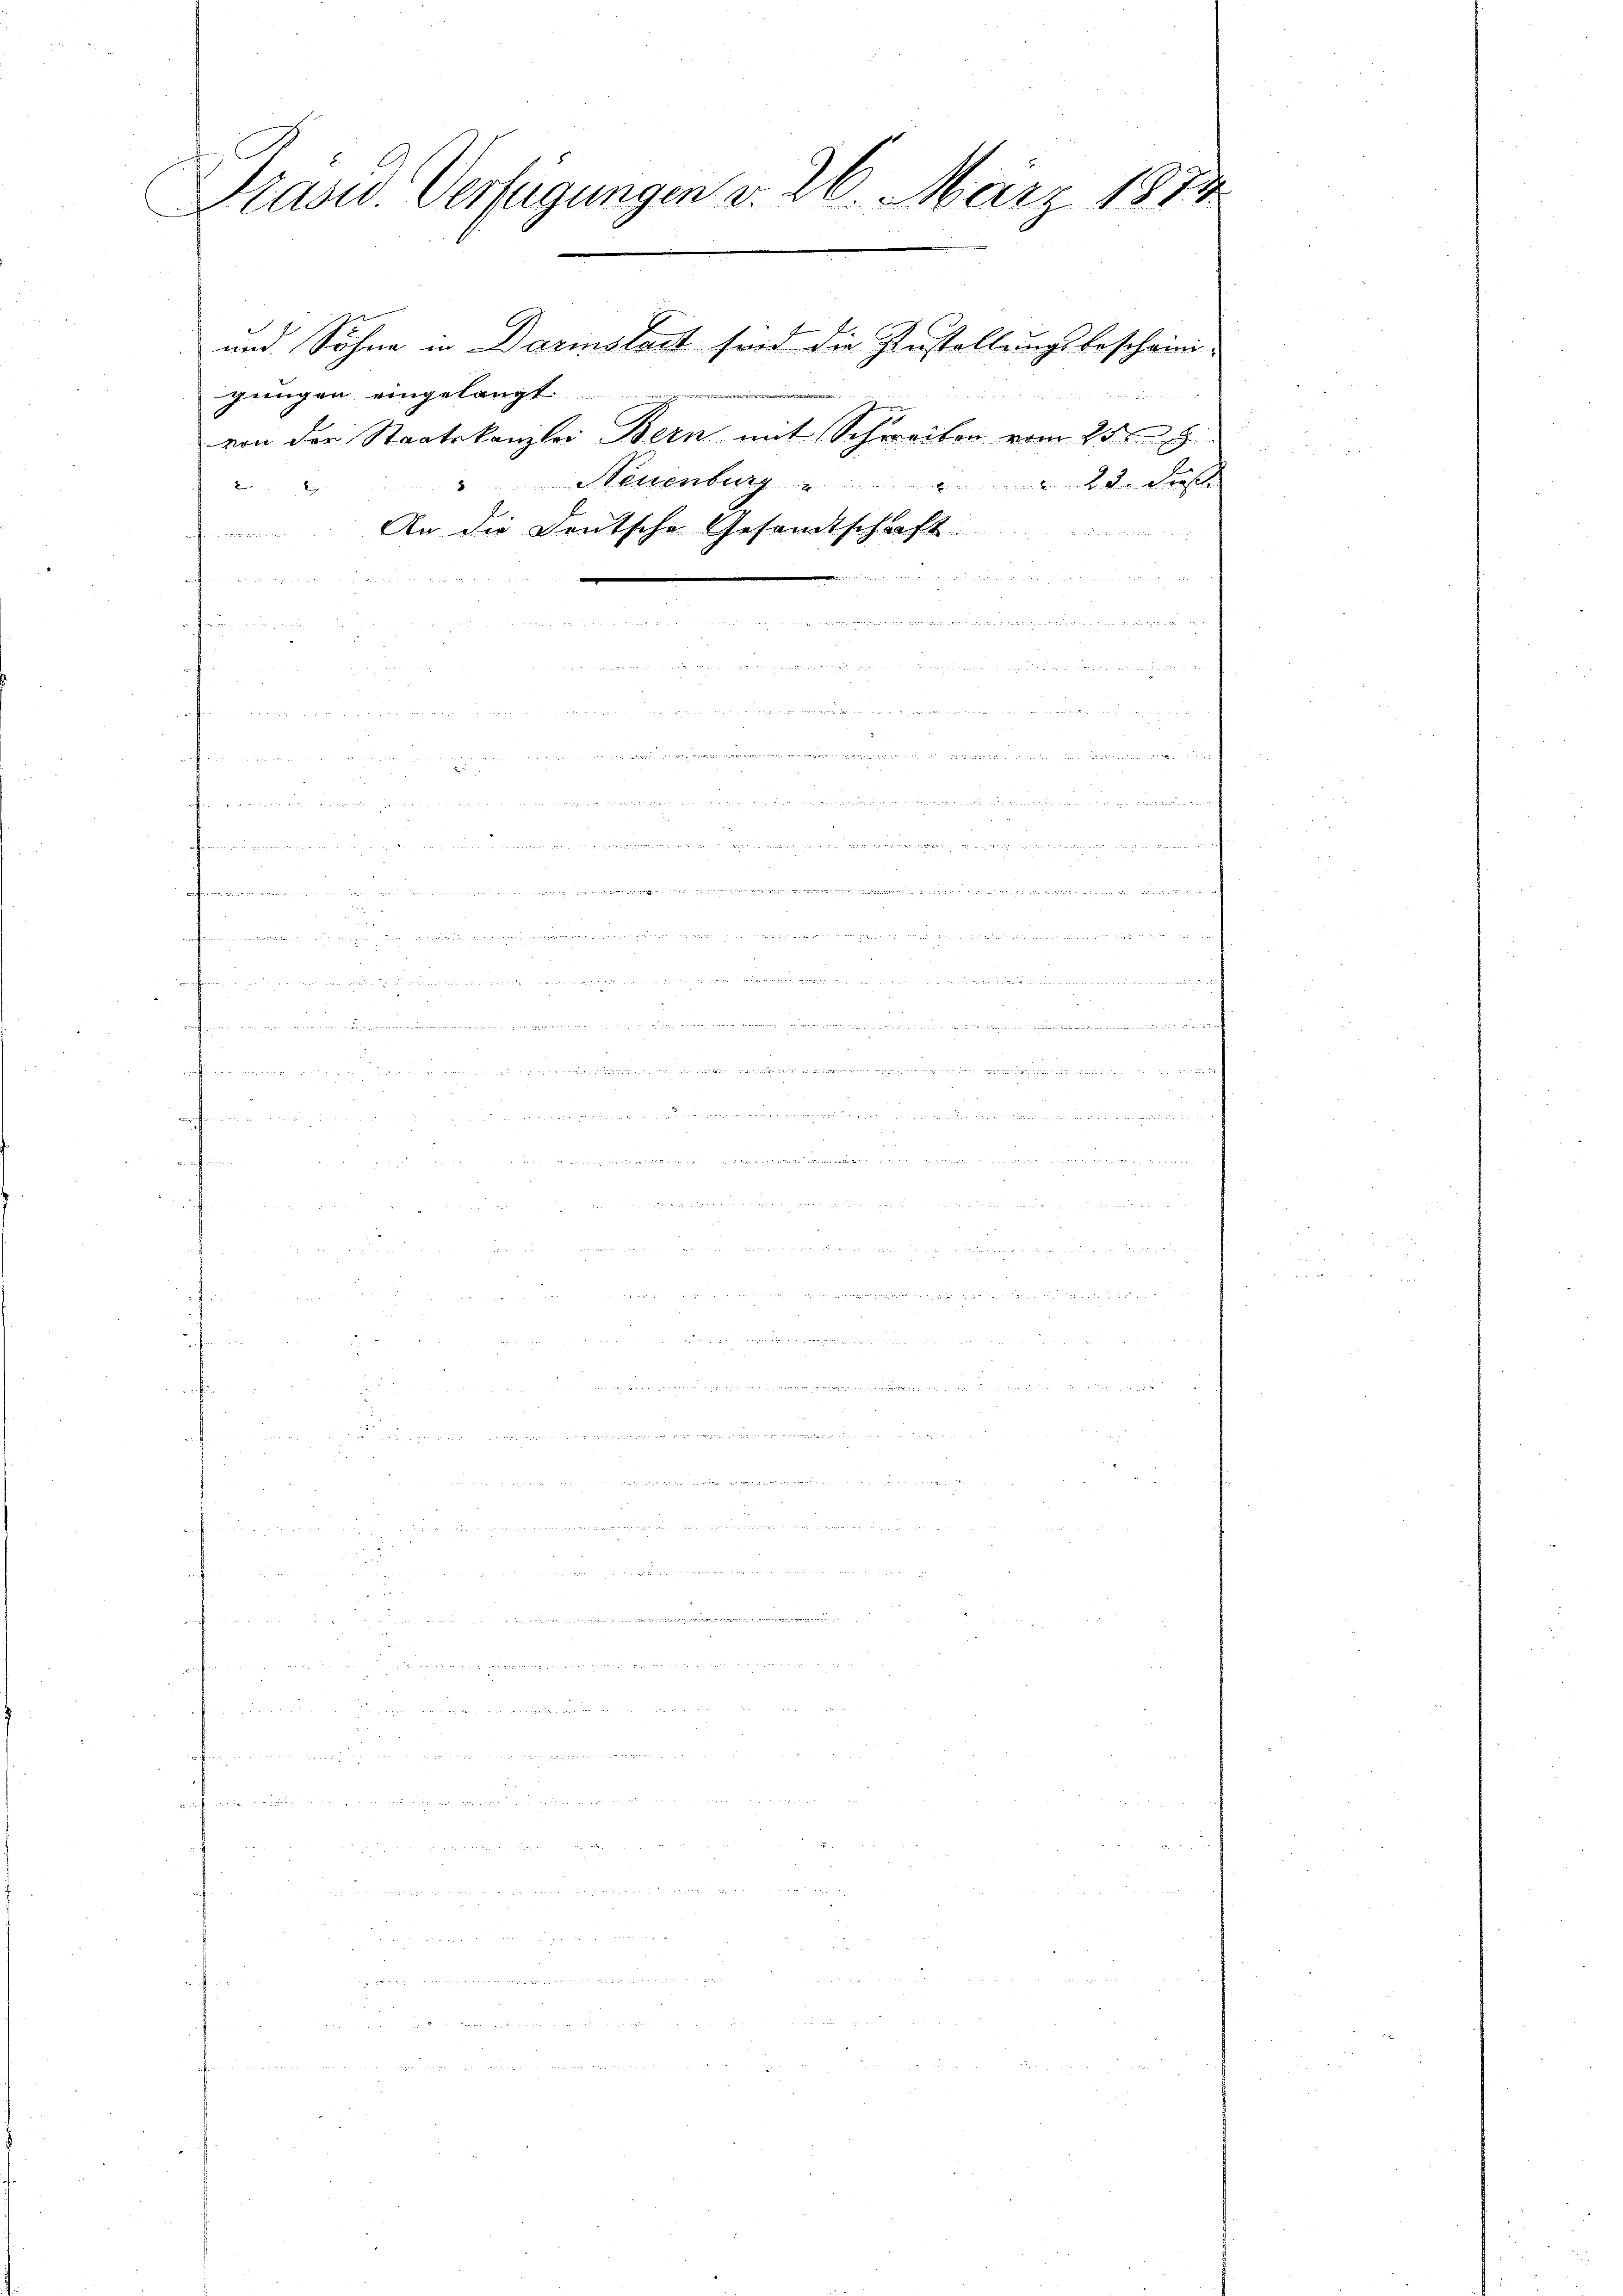
Präsid. Verfügungen v. 26. März 1884

gungen eingelangt
2

10
a
d d. d. 1 u 18

von der Staatskanzlei Bern mit Schweiben vom 25ten h
" Neuenburg " " " 23. Diesel
An die Deutsche Gesamtschaft.

und Söhne in Darmslast sind die Zustellungsbescheini¬